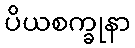
ပိယစက္ခုနာ